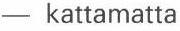
- kattamatta